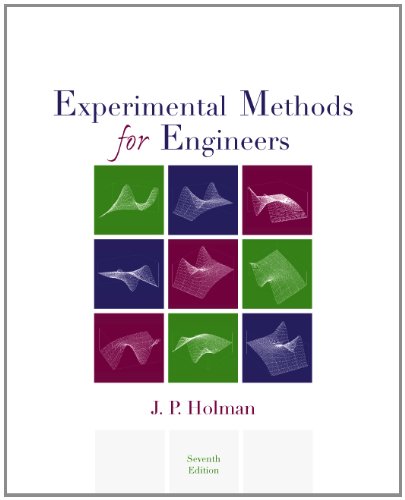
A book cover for Experimental Methods for Engineers (McGraw-Hill Mechanical Engineering); Jack Holman; Science & Math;